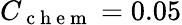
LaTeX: C_{\mathrm{~c~h~e~m~}}=0.05